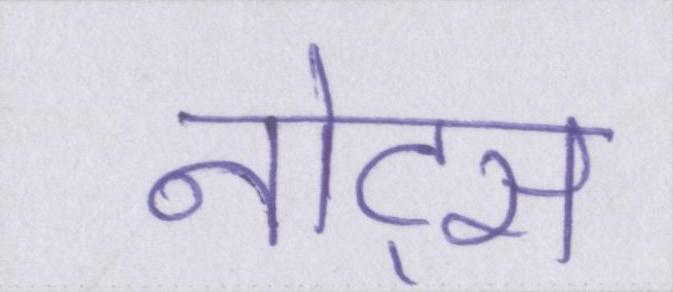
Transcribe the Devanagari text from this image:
नोट्स